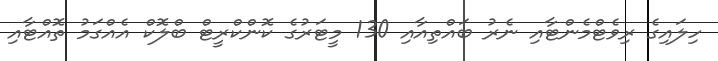
ހިލައިގެ ރިވެޓްމެންޓާއި ނެރު ބައްތިއާއި 130 މީޓަރުގެ ކޮންކްރީޓް ބްލޮކް އެއްގަމު ތޮއްޓާއި